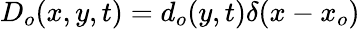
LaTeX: D_{o}(x,y,t)=d_{o}(y,t)\delta(x-x_{o})